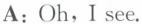
A: Oh, I see.